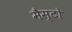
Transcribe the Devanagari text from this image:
मैस्टो